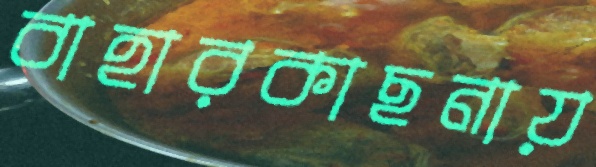
বাহারকাছনায়